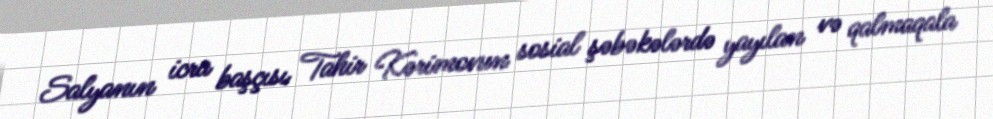
Salyanın icra başçısı Tahir Kərimovun sosial şəbəkələrdə yayılan və qalmaqala